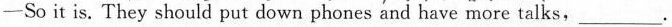
" —So it is. They should put down phones and have more talks,___.